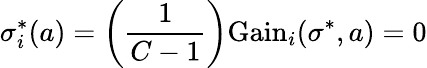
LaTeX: \sigma_{i}^{*}(a)=\left({\frac{1}{C-1}}\right){\mathrm{Gain}}_{i}(\sigma^{*},a)=0